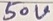
Text: 50V